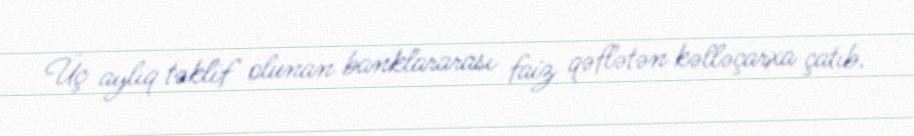
Üç aylıq təklif olunan banklararası faiz qəflətən kəlləçarxa çatıb.